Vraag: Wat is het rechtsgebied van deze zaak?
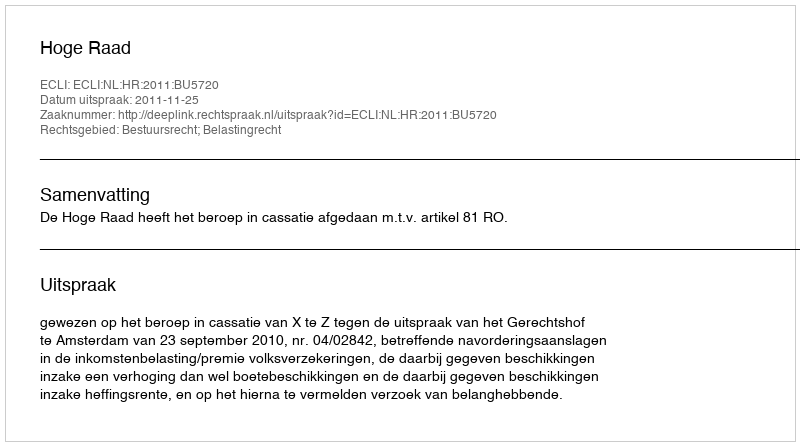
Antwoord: Bestuursrecht; Belastingrecht